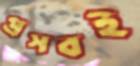
প্রসবই